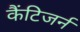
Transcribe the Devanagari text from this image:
कैंटिजर्न